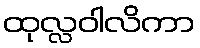
ထုလ္လဝါလိကာ